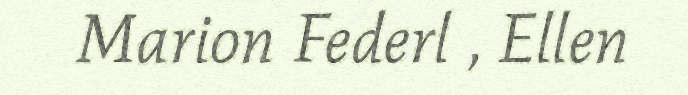
Marion Federl , Ellen